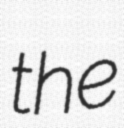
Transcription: the